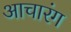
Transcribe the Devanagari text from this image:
आचारंग